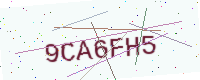
Text: 9CA6FH5